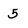
Character: 5